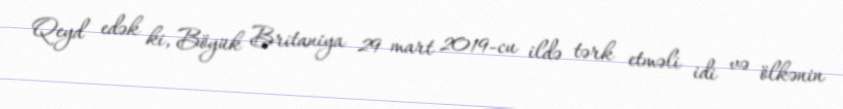
Qeyd edək ki, Böyük Britaniya 29 mart 2019-cu ildə tərk etməli idi və ölkənin